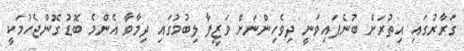
ގަރާރުގައި އިތުރަށް ބުނެފައިވަނީ ދިވެހިންނަށް ވަޒީފާ ލިބުމުގައި ދިމާވާ އެންމެ ބޮޑު ގޮންޖެހުމަކީ